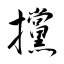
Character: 攩